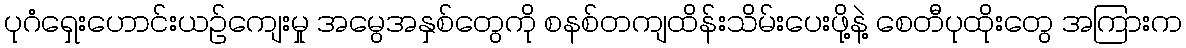
ပုဂံရှေးဟောင်းယဉ်ကျေးမှု အမွေအနှစ်တွေကို စနစ်တကျထိန်းသိမ်းပေးဖို့နဲ့ စေတီပုထိုးတွေ အကြားက